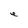
Character: e